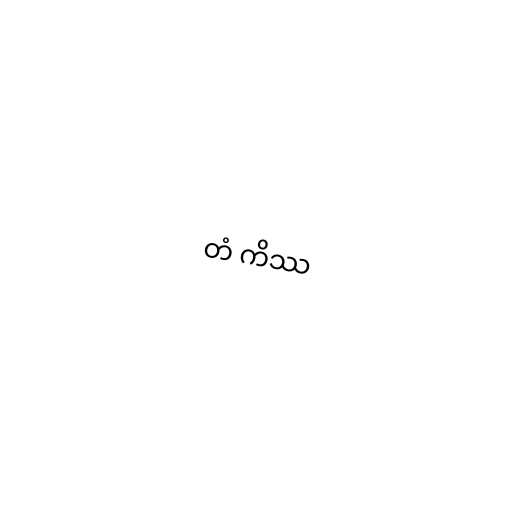
တံ ကိဿ